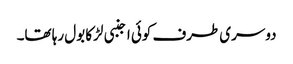
دوسری طرف کوئی اجنبی لڑکا بول رہا تھا۔